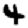
Digit: 4